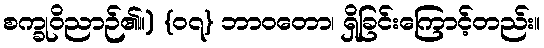
စက္ခုဝိညာဉ်၏။) {၀၇} ဘာဝတော၊ ရှိခြင်းကြောင့်တည်း။